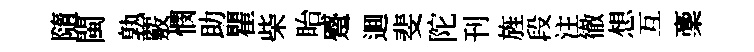
隨閩孰覈憫助瞿柴眙蹙逥斐陀刊旌段注徹想互稾